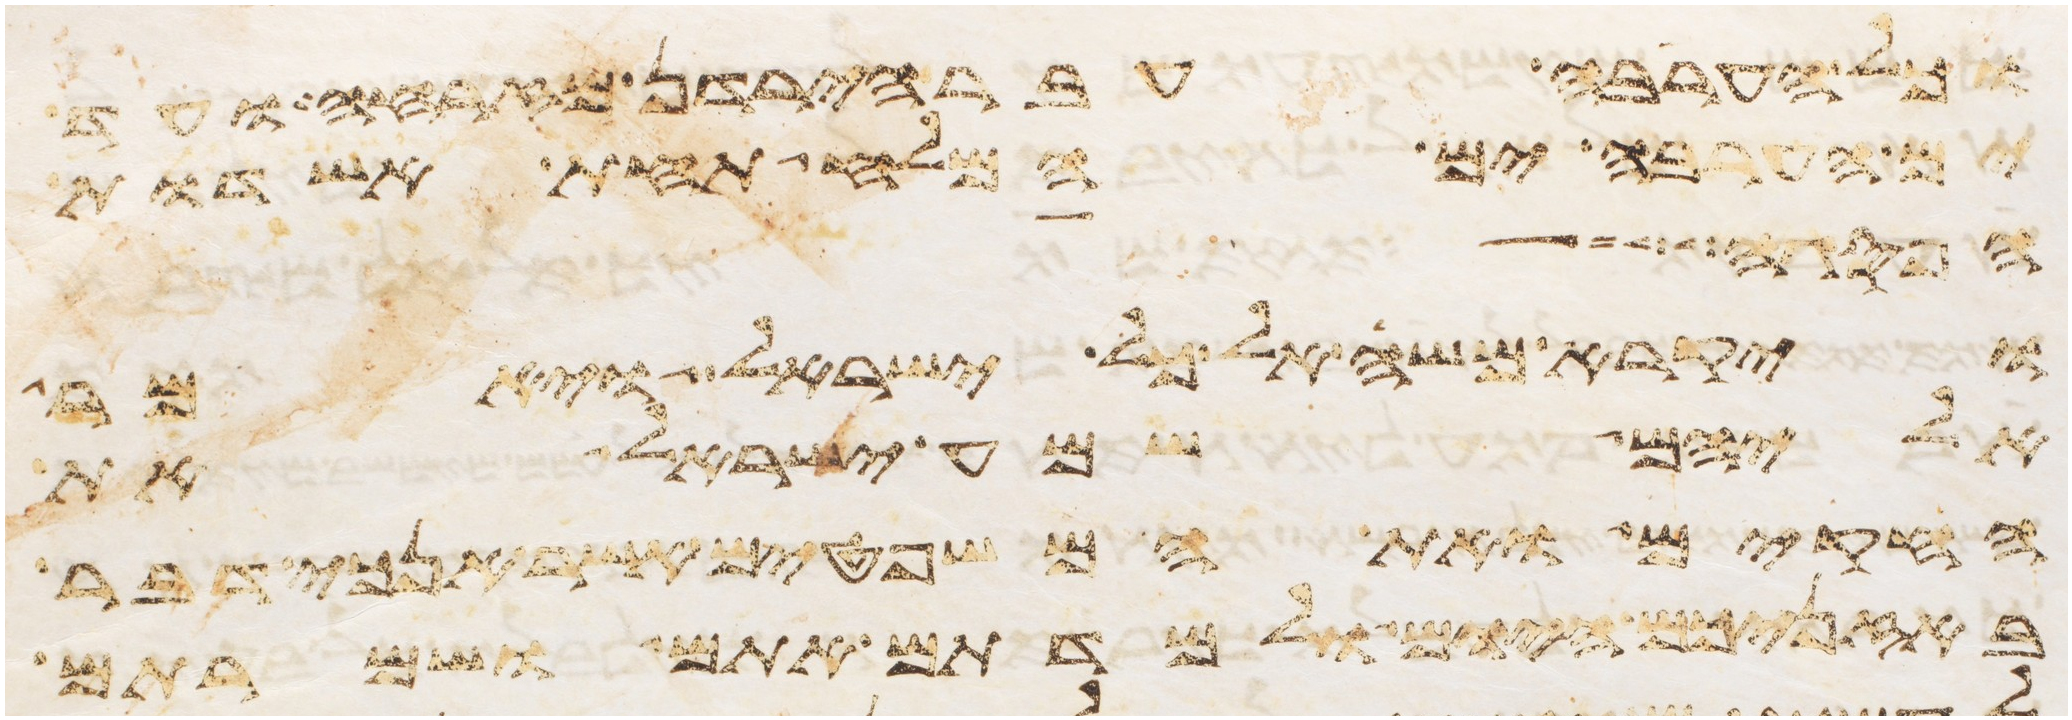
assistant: וכל הערבה עבר הירדן מזרחה ועד
ים הערבה ים המלח תחת אשדות
הפרה
ויקרא משה אל כל ישראל ויאמר
אליהם שמע ישראל את
החקים ואת המשפטים אשר אנכי דבר
באזניכם היום ולמדתם אתם ושמרתם